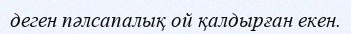
деген пәлсапалық ой қалдырған екен.